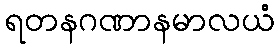
ရတနဂဏာနမာလယံ